Lunatic asylums Punjab 1881-1894 - 1881-1894
Year: 1881
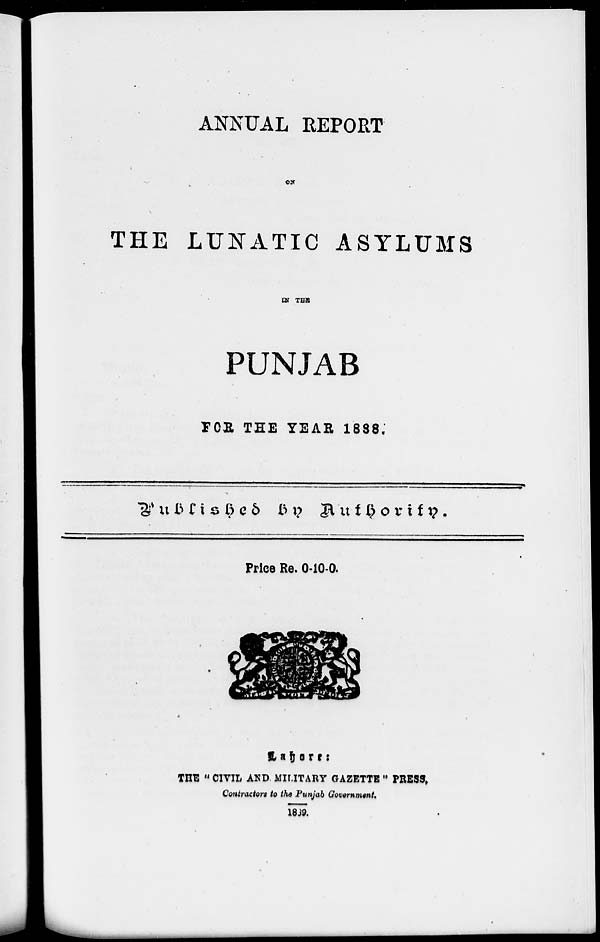
ANNUAL REPORT
ON
THE LUNATIC ASYLUMS
IN THE
PUNJAB
FOR THE YEAR 1888.
Published by Authority.
Price Re. 0-10-0.
Lahore:
THE " CIVIL AND MILITARY GAZETTE " PRESS.
Contractors to the Punjab Government.
1889.